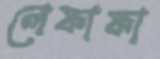
লেফাফা